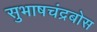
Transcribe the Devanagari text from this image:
सुभाषचंद्रबोस